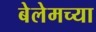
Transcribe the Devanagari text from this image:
बेलेमच्या